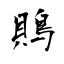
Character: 鵙